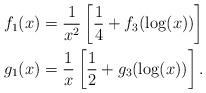
LaTeX: \begin{align*}f_1(x) &= \frac{1}{x^2}\left[\frac14 + f_3(\log(x))\right]\\g_1(x) &= \frac{1}{x}\left[\frac12 + g_3(\log(x))\right].\end{align*}